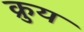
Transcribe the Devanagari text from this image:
क्रुय